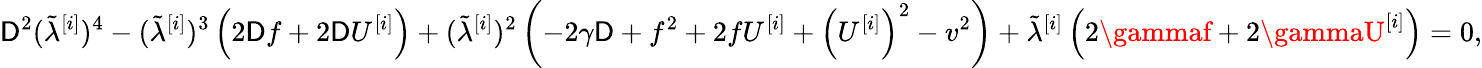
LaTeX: \mathsf{D}^{2}(\tilde{{\lambda}}^{[i]})^{4}-(\tilde{{\lambda}}^{[i]})^{3}\left(2\mathsf{D}f+2\mathsf{D}U^{[i]}\right)+(\tilde{{\lambda}}^{[i]})^{2}\left(-2\gamma\mathsf{D}+f^{2}+2fU^{[i]}+\left(U^{[i]}\right)^{2}-v^{2}\right)+\tilde{{\lambda}}^{[i]}\left(2\gammaf+2\gammaU^{[i]}\right)=0,